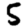
Digit: 5